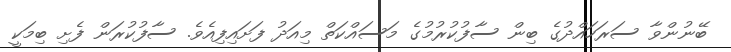
ބޭނުންވާ ސަރަހައްދުގެ ބިން ސާފުކުރުމުގެ މަސައްކަތް މިއަދު ފަށައިފިއެވެ. ސާފުކުރަން ފެށި ބިމަކީ